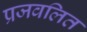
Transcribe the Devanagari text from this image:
प्रजवलित